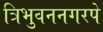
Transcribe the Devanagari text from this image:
त्रिभुवननगरपे